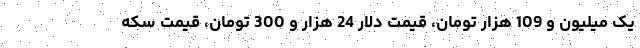
یک میلیون و 109 هزار تومان، قیمت دلار 24 هزار و 300 تومان، قیمت سکه